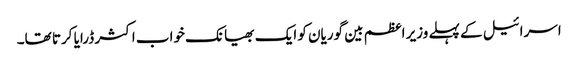
اسرائیل کے پہلے وزیر اعظم بین گوریان کو ایک بھیانک خواب اکثر ڈرایا کرتا تھا۔